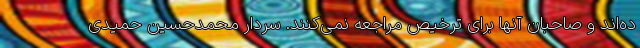
ده‌اند و صاحبان آنها برای ترخیص مراجعه نمی‌کنند. سردار محمدحسین حمیدی